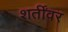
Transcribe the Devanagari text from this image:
शर्तींवर